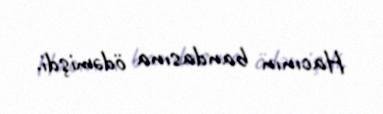
Hacının bandasına ödəmişdi.